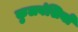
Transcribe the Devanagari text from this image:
कुलवंशियों